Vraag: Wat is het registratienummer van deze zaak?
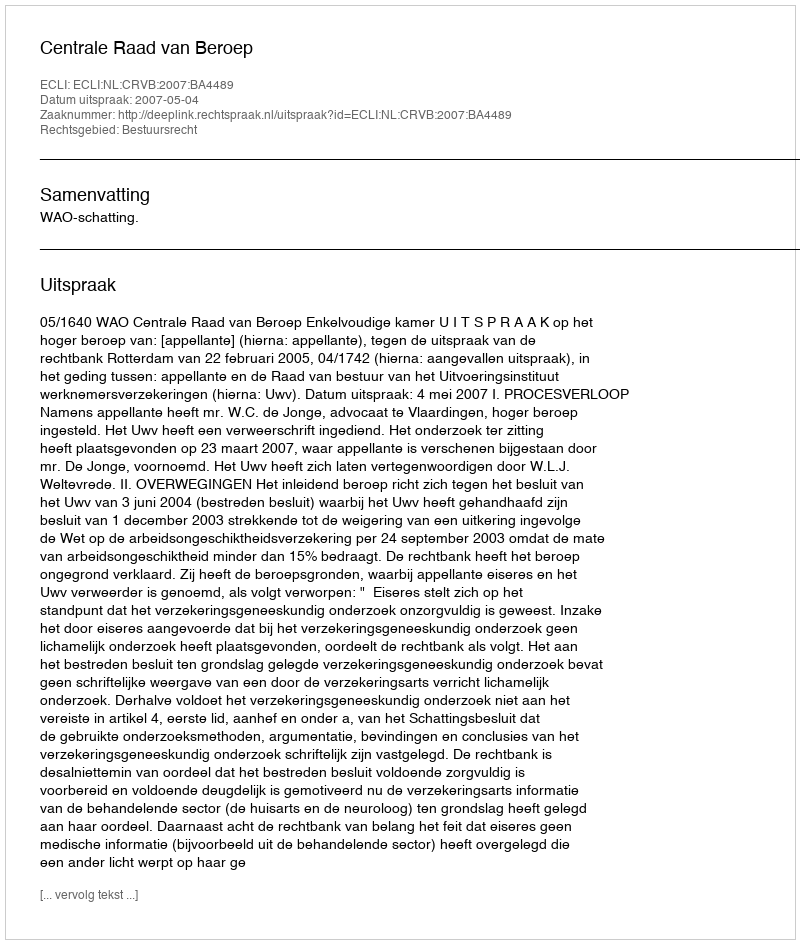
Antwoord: http://deeplink.rechtspraak.nl/uitspraak?id=ECLI:NL:CRVB:2007:BA4489